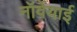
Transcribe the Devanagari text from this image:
नॉर्वेयाई